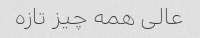
عالی همه چیز تازه